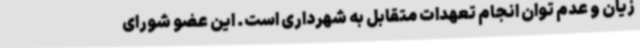
زیان و عدم توان انجام تعهدات متقابل به شهرداری است. این عضو شورای